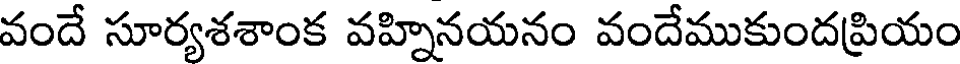
వందే సూర్యశశాంక వహ్నినయనం వందేముకుందప్రియం